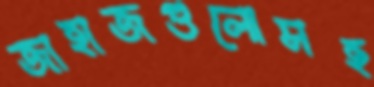
জাহাজগুলোসহ